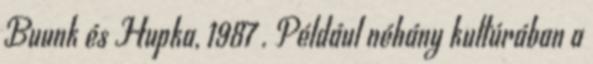
Buunk és Hupka, 1987 . Például néhány kultúrában a